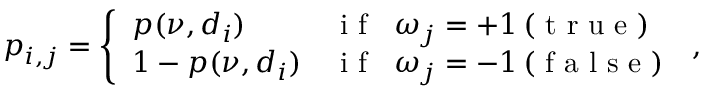
p _ { i , j } = \left\{ \begin{array} { l l } { p ( \nu , d _ { i } ) } & { \mathrm { ~ i ~ f ~ } \; \; \omega _ { j } = + 1 \, ( \mathrm { ~ t ~ r ~ u ~ e ~ } ) } \\ { 1 - p ( \nu , d _ { i } ) } & { \mathrm { ~ i ~ f ~ } \; \; \omega _ { j } = - 1 \, ( \mathrm { ~ f ~ a ~ l ~ s ~ e ~ } ) } \end{array} \right. \, ,